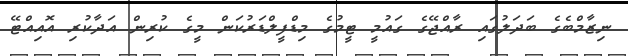
ނިޒާމްބެގެ ބަދަލުގައި ރާއްޖޭގެ ގައުމީ ޓީމުގެ މިޑްފީލްޑަރުކަން މީގެ ކުރިން އަދާކުރި އޮއިއްޓޭ